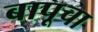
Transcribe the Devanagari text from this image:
बापूचा